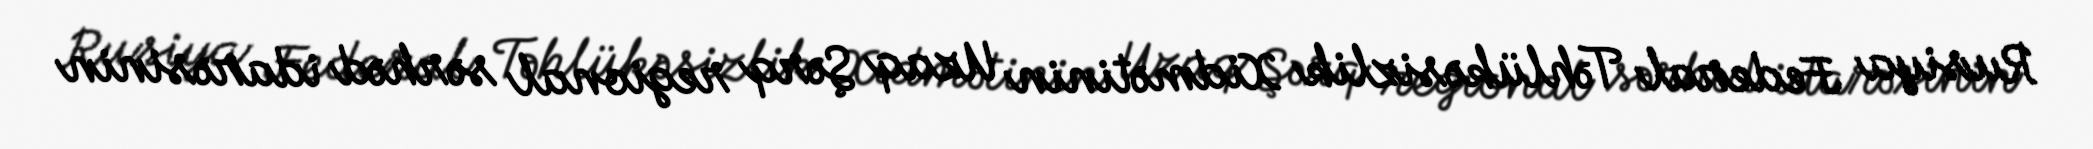
Rusiya Federal Təhlükəsizlik Xidmətinin Uzaq Şərq regional sərhəd idarəsinin